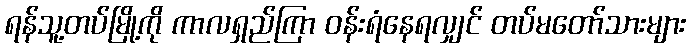
ရန်သူ့တပ်မြို့ကို ကာလရှည်ကြာ ဝန်းရံနေရလျှင် တပ်မတော်သားများ